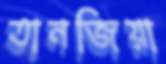
তানজিয়া